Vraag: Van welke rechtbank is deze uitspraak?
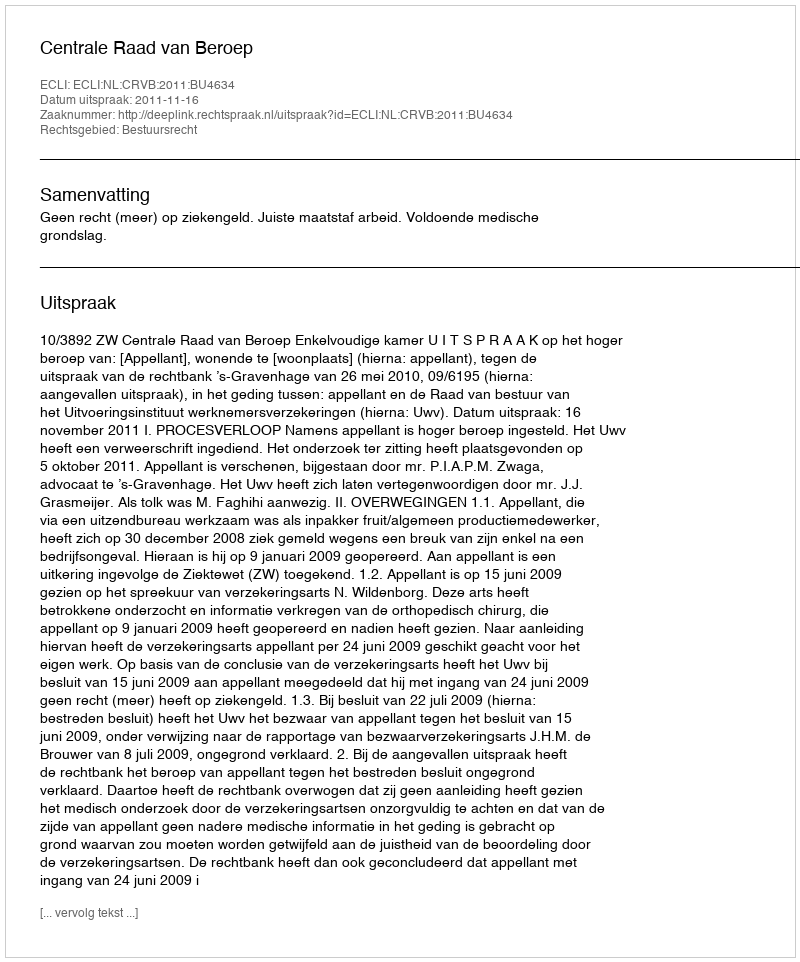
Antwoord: Centrale Raad van Beroep